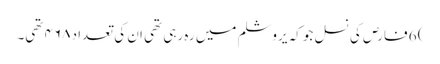
) 6 فارص کی نسل جو کہ یروشلم میں رہ رہی تھی ان کی تعداد ۴۶۸ تھی۔